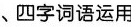
、四字词语运用